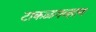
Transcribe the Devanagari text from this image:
टाकळगव्हाण